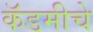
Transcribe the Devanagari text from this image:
कॅडमीचे